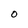
Character: 0